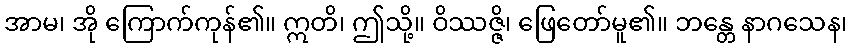
အာမ၊ အို ကြောက်ကုန်၏။ ဣတိ၊ ဤသို့။ ဝိဿဇ္ဇိ၊ ဖြေတော်မူ၏။ ဘန္တေ နာဂသေန၊